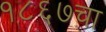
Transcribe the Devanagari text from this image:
१८६७चा